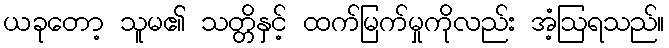
ယခုတော့ သူမ၏ သတ္တိနှင့် ထက်မြက်မှုကိုလည်း အံ့ဩရသည်။